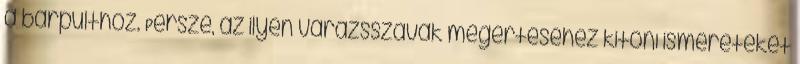
a bárpulthoz. Persze, az ilyen varázsszavak megértéséhez kitőnı ismereteket